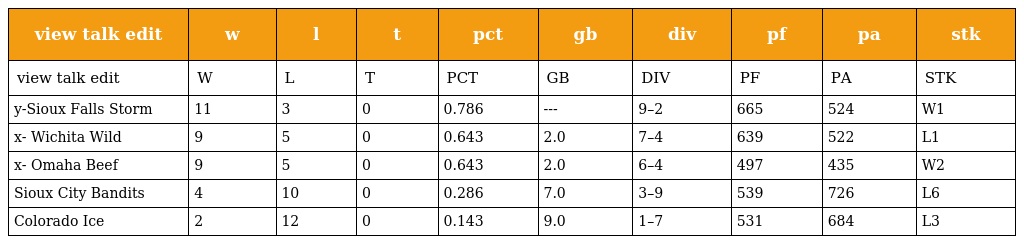
| view talk edit | w | l | t | pct | gb | div | pf | pa | stk |
 | --- | --- | --- | --- | --- | --- | --- | --- | --- | --- |
 | view talk edit | W | L | T | PCT | GB | DIV | PF | PA | STK |
 | y-Sioux Falls Storm | 11 | 3 | 0 | 0.786 | --- | 9–2 | 665 | 524 | W1 |
 | x- Wichita Wild | 9 | 5 | 0 | 0.643 | 2.0 | 7–4 | 639 | 522 | L1 |
 | x- Omaha Beef | 9 | 5 | 0 | 0.643 | 2.0 | 6–4 | 497 | 435 | W2 |
 | Sioux City Bandits | 4 | 10 | 0 | 0.286 | 7.0 | 3–9 | 539 | 726 | L6 |
 | Colorado Ice | 2 | 12 | 0 | 0.143 | 9.0 | 1–7 | 531 | 684 | L3 |